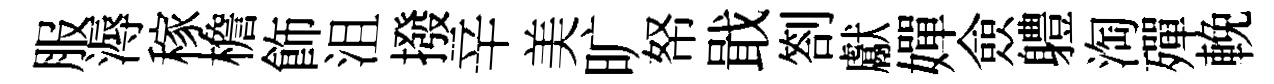
服溽稼檐飾沮撥辛美旷帑戢劄獻嬋僉軆淘殫輓